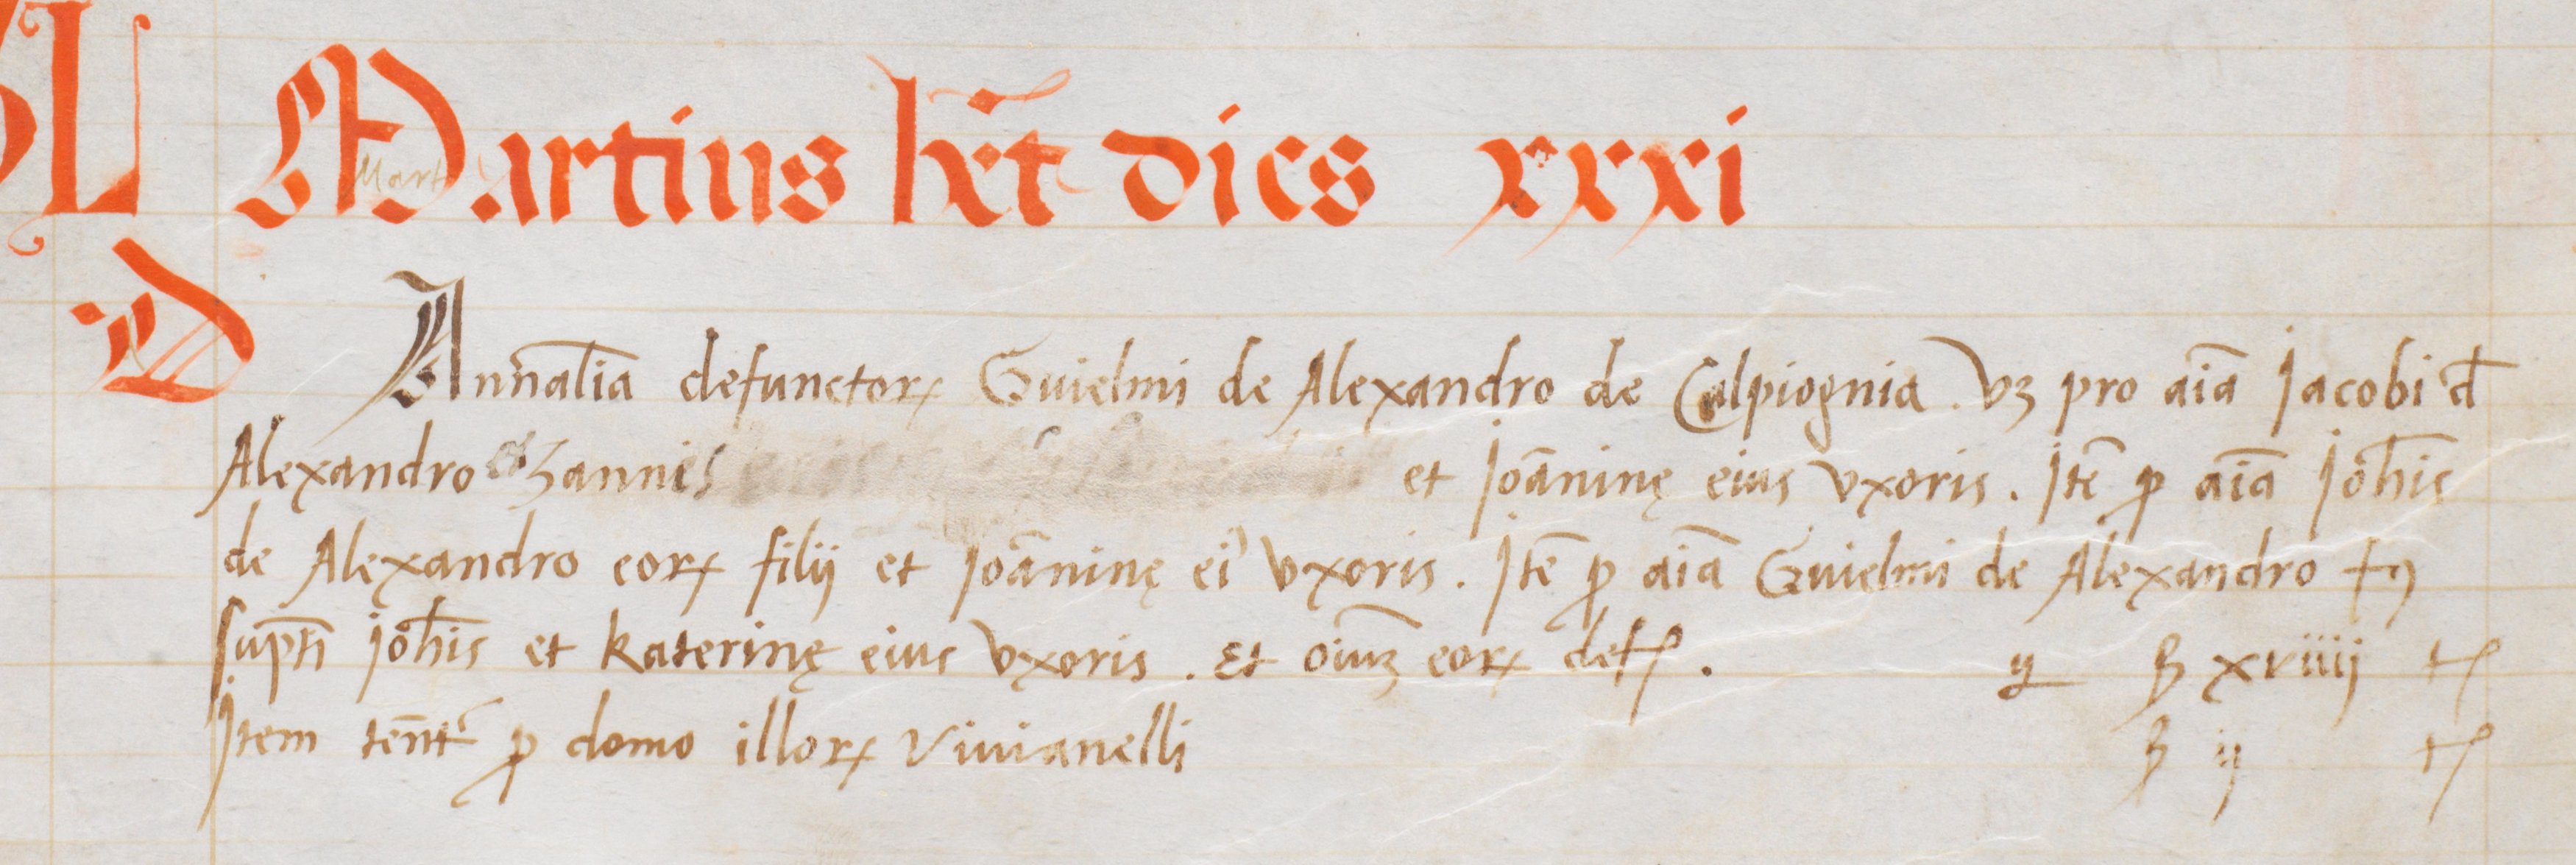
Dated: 1563–1563